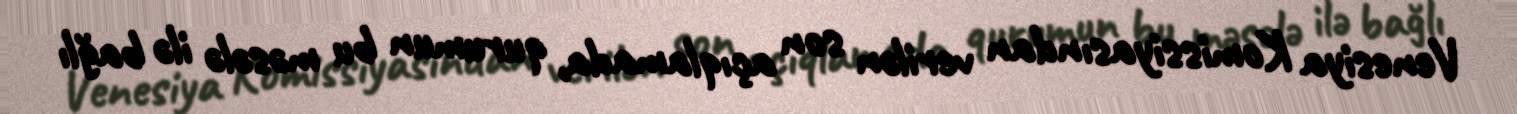
Venesiya Komissiyasından verilən son açıqlamada, qurumun bu məsələ ilə bağlı